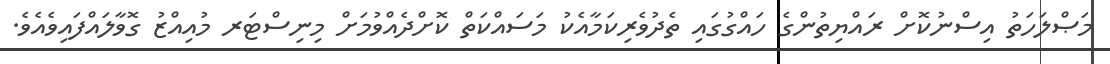
މަޞްލަހަތު އިސްނުކޮށް ރައްޔިތުންގެ ހައްގުގައި ތެދުވެރިކަމާއެކު މަސައްކަތް ކޮށްދެއްވުމަށް މިނިސްޓަރ މުއިއްޒު ގޮވާލައްފައިވެއެވެ.